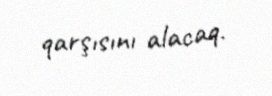
qarşısını alacaq.